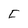
Character: F